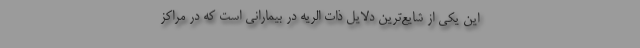
این یکی از شایع‌ترین دلایل ذات الریه در بیمارانی است که در مراکز